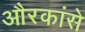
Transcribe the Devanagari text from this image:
औरकांसे